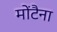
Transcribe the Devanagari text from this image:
मोंटैना